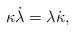
LaTeX: \begin{align*}\kappa\dot{\lambda} = \lambda\dot{\kappa} ,\end{align*}